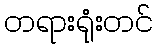
တရားရုံးတင်